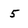
Character: 5